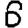
Digit: 6